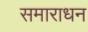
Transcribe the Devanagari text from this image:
समाराधन